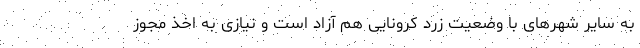
به سایر شهرهای با وضعیت زرد کرونایی هم آزاد است و نیازی به اخذ مجوز